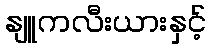
နျူကလီးယားနှင့်